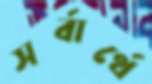
সর্বার্থে